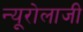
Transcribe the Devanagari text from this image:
न्यूरोलाजी